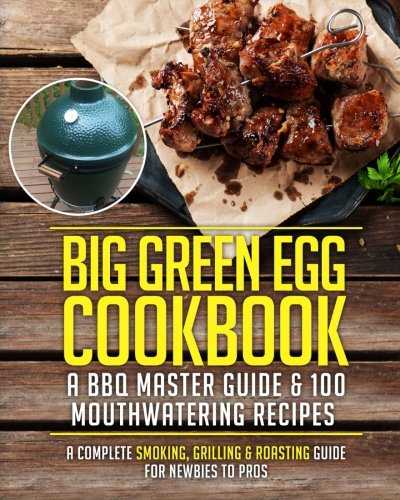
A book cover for Big Green Egg Cookbook: A BBQ Master Guide & 100 Mouthwatering Recipes: A Complete Smoking, Grilling & Roasting Guide For Newbies To Pros (Grill Master Series) (Volume 1); Cooking With A Foodie; Cookbooks, Food & Wine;